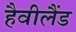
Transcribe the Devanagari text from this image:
हैवीलैंड